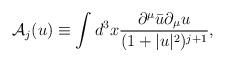
LaTeX: \begin{align*}\mbox{$\cal{A}$}_j(u) \equiv \int d^3 x \frac{\partial^{\mu}\bar{u}\partial_{\mu}u} {(1+|u|^2)^{j+1}}, \end{align*}